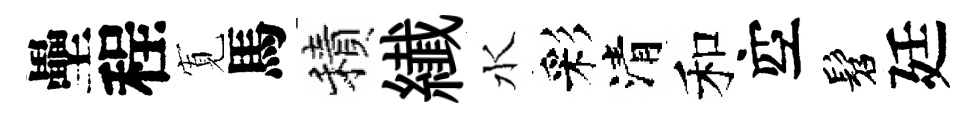
壘程𡩖馬積纎水彩清和空髫廷